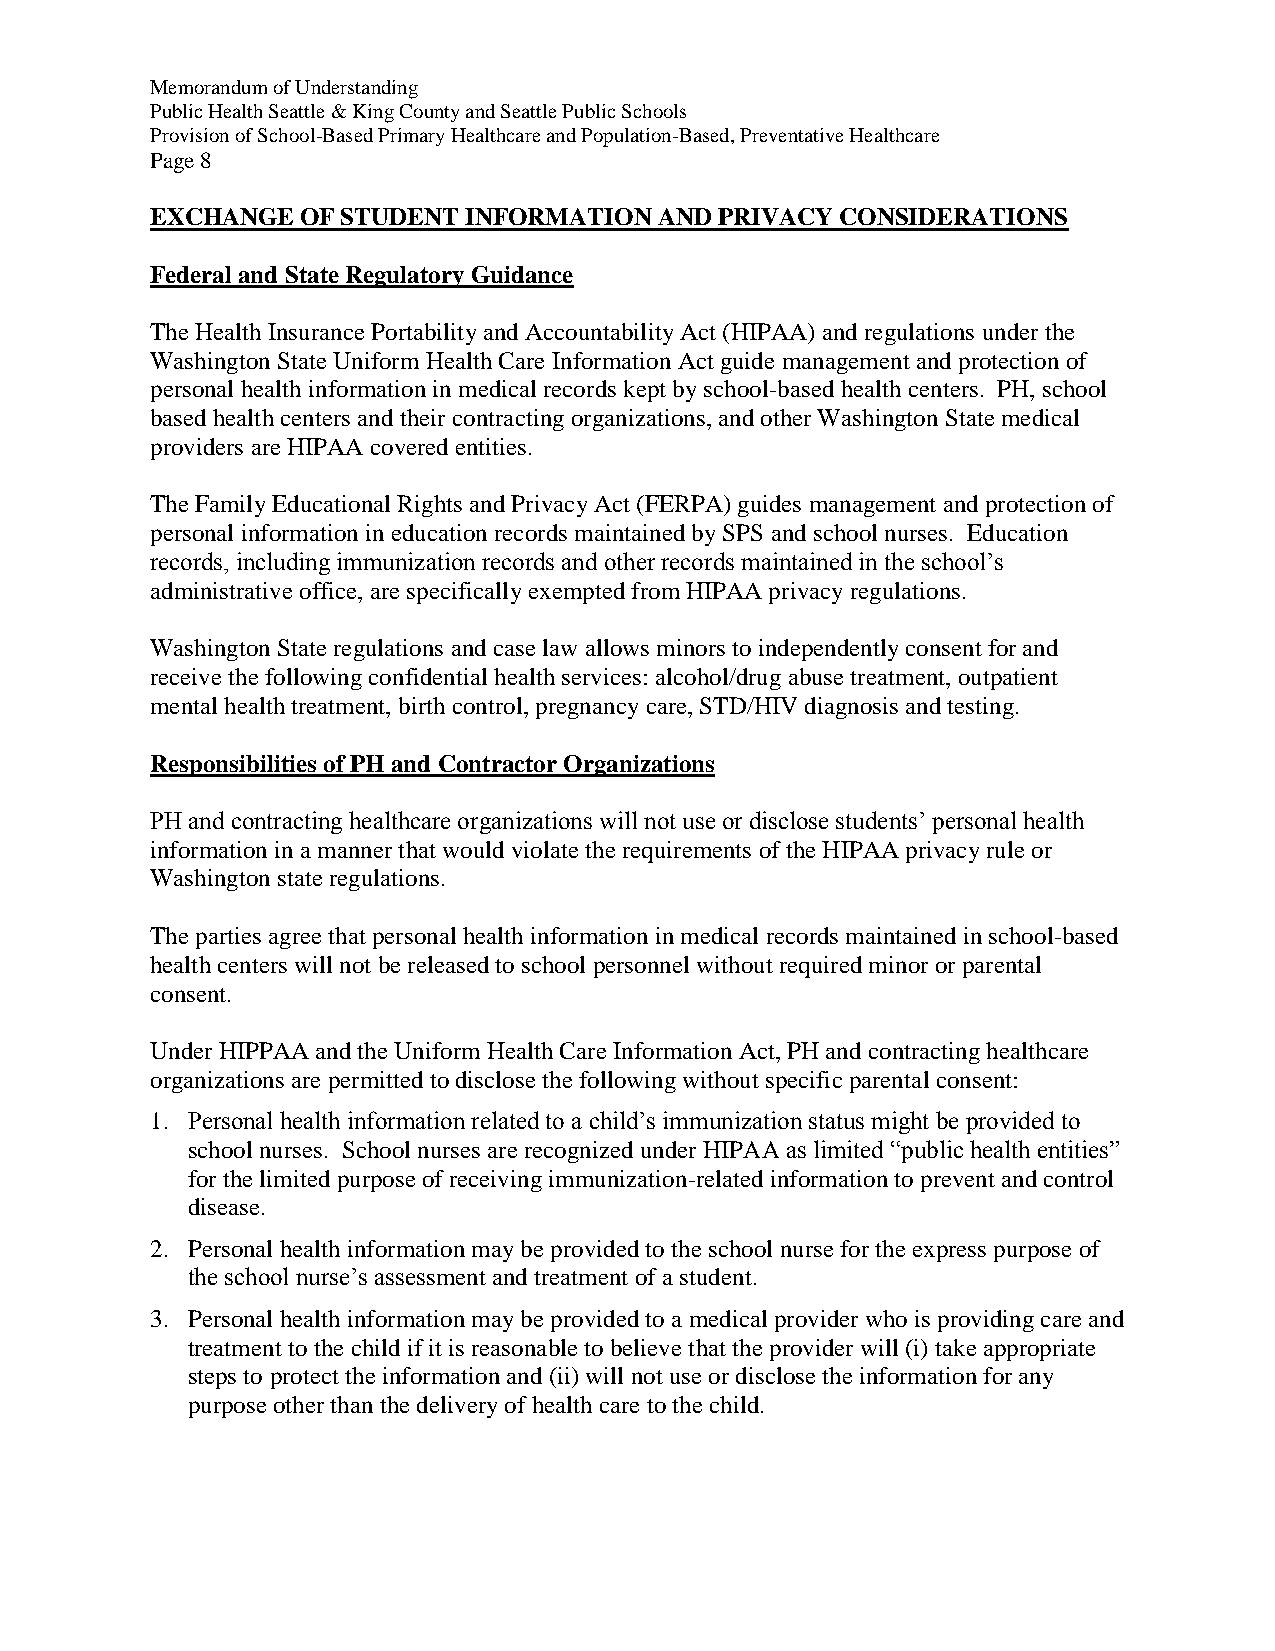
Memorandum of Understanding
 Public Health Seattle & King County and Seattle Public Schools
 Provision of School-Based Primary Healthcare and Population-Based, Preventative Healthcare
 Page 8
 EXCHANGE  OF STUDENT INFORMATION  AND PRIVACY CONSIDERATIONS
 Federal and State Regulatory Guidance
 The Health Insurance Portability and Accountability Act (HIPAA) and regulations under the
 Washington State Uniform Health Care Information Act guide management and protection of
 personal health information in medical records kept by school-based health centers. PH, school
 based health centers and their contracting organizations, and other Washington State medical
 providers are HIPAA covered entities.
 The Family Educational Rights and Privacy Act (FERPA) guides management and protection of
 personal information in education records maintained by SPS and school nurses. Education
 records, including immunization records and other records maintained in the school’s
 administrative office, are specifically exempted from HIPAA privacy regulations.
 Washington State regulations and case law allows minors to independently consent for and
 receive the following confidential health services: alcohol/drug abuse treatment, outpatient
 mental health treatment, birth control, pregnancy care, STD/HIV diagnosis and testing.
 Responsibilities of PH and Contractor Organizations
 PH and contracting healthcare organizations will not use or disclose students’ personal health
 information in a manner that would violate the requirements of the HIPAA privacy rule or
 Washington state regulations.
 The parties agree that personal health information in medical records maintained in school-based
 health centers will not be released to school personnel without required minor or parental
 consent.
 Under HIPPAA and the Uniform Health Care Information Act, PH and contracting healthcare
 organizations are permitted to disclose the following without specific parental consent:
 1. Personal health information related to a child’s immunization status might be provided to
 school nurses. School nurses are recognized under HIPAA as limited “public health entities”
 for the limited purpose of receiving immunization-related information to prevent and control
 disease.
 2. Personal health information may be provided to the school nurse for the express purpose of
 the school nurse’s assessment and treatment of a student.
 3. Personal health information may be provided to a medical provider who is providing care and
 treatment to the child if it is reasonable to believe that the provider will (i) take appropriate
 steps to protect the information and (ii) will not use or disclose the information for any
 purpose other than the delivery of health care to the child.